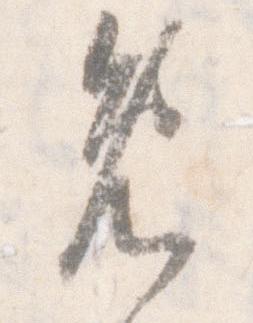
免